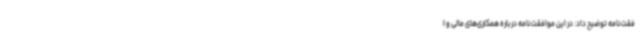
فقت‌نامه توضیح داد: در این موافقت‌نامه درباره همکاری‌های مالی و ا